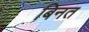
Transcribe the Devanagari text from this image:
बिनत